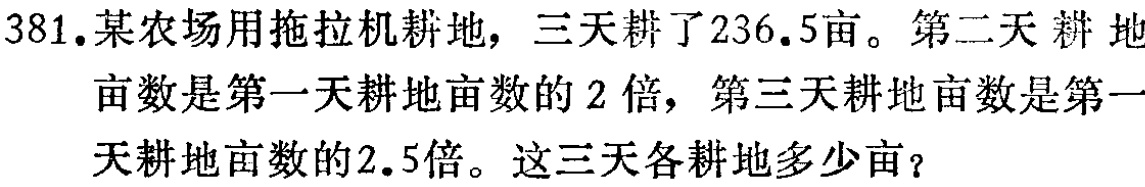
381.某农场用拖拉机耕地，三天耕了236.5亩。第二天耕地亩数是第一天耕地亩数的2倍，第三天耕地亩数是第一天耕地亩数的2.5倍。这三天各耕地多少亩？